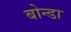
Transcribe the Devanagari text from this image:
बोन्डा